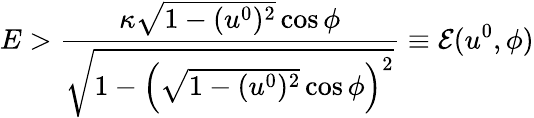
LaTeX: E>\frac{\kappa\sqrt{1-(u^{0})^{2}}\cos\phi}{\sqrt{1-\left(\sqrt{1-(u^{0})^{2}}\cos\phi\right)^{2}}}\equiv\mathcal{E}(u^{0},\phi)